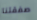
صفقتنا